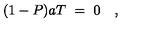
( 1 - P ) a T \ = \ 0 \quad ,